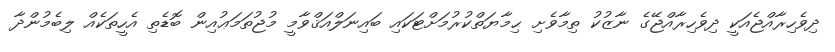
ދިވެހިރާއްޖެއަކީ ދިވެހިރާއްޖޭގެ ނާޒުކު ތިމާވެށި ޙިމާޔަތްކުރުމަށްޓަކައި ބައިނަލްއަޤްވާމީ މުޖުތަމަޢުއިން ބޮޑެތި އެހީތަކެއް ލިބެމުންދާ